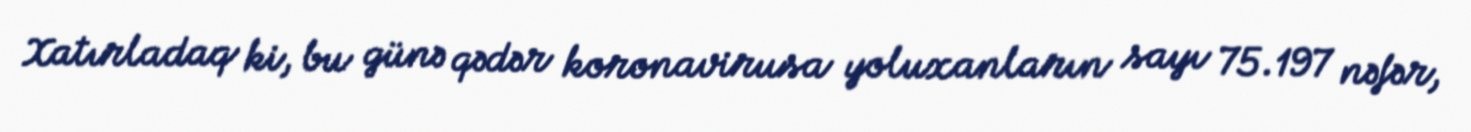
Xatırladaq ki, bu günə qədər koronavirusa yoluxanların sayı 75.197 nəfər,